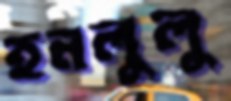
হনলুলু